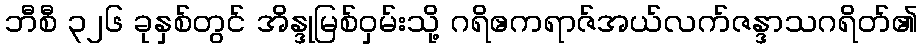
ဘီစီ ၃၂၆ ခုနှစ်တွင် အိန္ဒုမြစ်ဝှမ်းသို့ ဂရိဧကရာဇ်အယ်လက်ဇန္ဒာသဂရိတ်၏